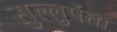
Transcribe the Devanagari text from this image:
सुल्लुर्पेता